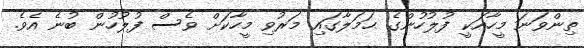
ތިންވަނަ މީހާއަކީ ފުލުހުންގެ ޙަމަލާގައި މަރުވި މީހާކަށް ވެސް ފުލުހުން ބުނެ އެވެ.